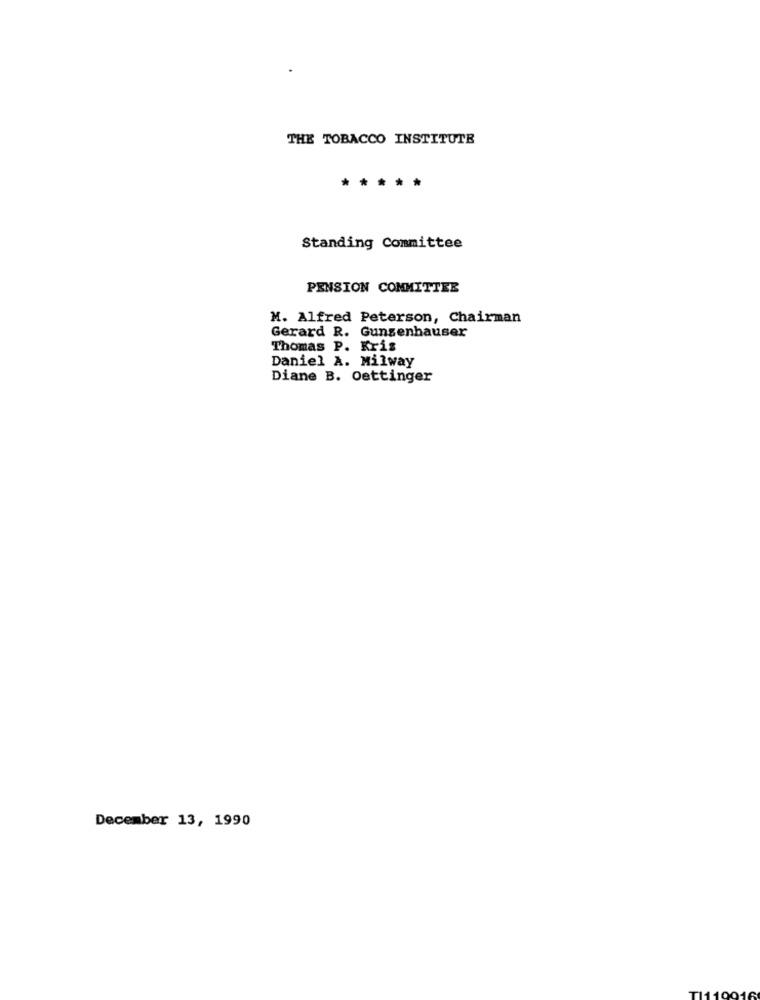
THE TOBACCO INSTITUTE
*****
Standing Committee
PENSION COMMITTEE
M. Alfred Peterson, Chairman
Gerard R. Gunsenhauser
Thomas P. Kris
Daniel A. Milway
Diane B. Oettinger
December 13, 1990